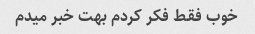
خوب فقط فکر کردم بهت خبر میدم